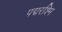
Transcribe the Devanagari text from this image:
पद्मरश्मि